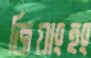
জিয়াংহং